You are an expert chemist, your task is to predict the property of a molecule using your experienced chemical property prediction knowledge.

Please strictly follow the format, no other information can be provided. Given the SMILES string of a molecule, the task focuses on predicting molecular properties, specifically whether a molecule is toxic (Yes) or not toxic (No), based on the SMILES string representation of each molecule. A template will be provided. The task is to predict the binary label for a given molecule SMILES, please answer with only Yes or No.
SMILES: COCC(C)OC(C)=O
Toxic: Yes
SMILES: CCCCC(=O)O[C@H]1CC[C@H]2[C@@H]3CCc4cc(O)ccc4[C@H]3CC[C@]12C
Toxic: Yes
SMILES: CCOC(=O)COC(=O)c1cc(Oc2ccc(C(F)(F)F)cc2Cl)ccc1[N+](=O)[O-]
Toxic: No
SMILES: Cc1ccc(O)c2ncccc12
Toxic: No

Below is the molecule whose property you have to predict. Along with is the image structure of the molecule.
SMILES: CC(=O)C=Cc1ccc2c(c1)OCO2
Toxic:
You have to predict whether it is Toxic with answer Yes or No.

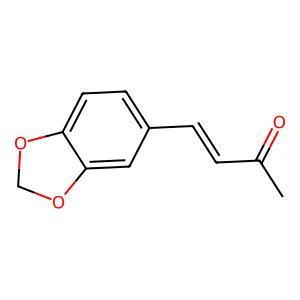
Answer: No